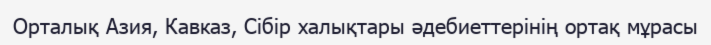
Орталық Азия, Кавказ, Сібір халықтары әдебиеттерінің ортақ мұрасы